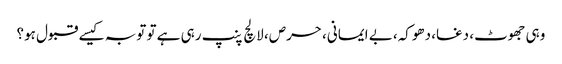
وہی جھوٹ، دغا، دھوکہ، بے ایمانی، حرص، لالچ پنپ رہی ہے تو توبہ کیسے قبول ہو؟